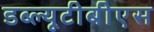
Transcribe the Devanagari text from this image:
डब्ल्यूटीबीएस